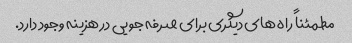
مطمئناً راه های دیگری برای صرفه جویی در هزینه وجود دارد.